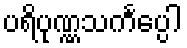
ပရိပုဏ္ဏသင်္ကပ္ပေါ